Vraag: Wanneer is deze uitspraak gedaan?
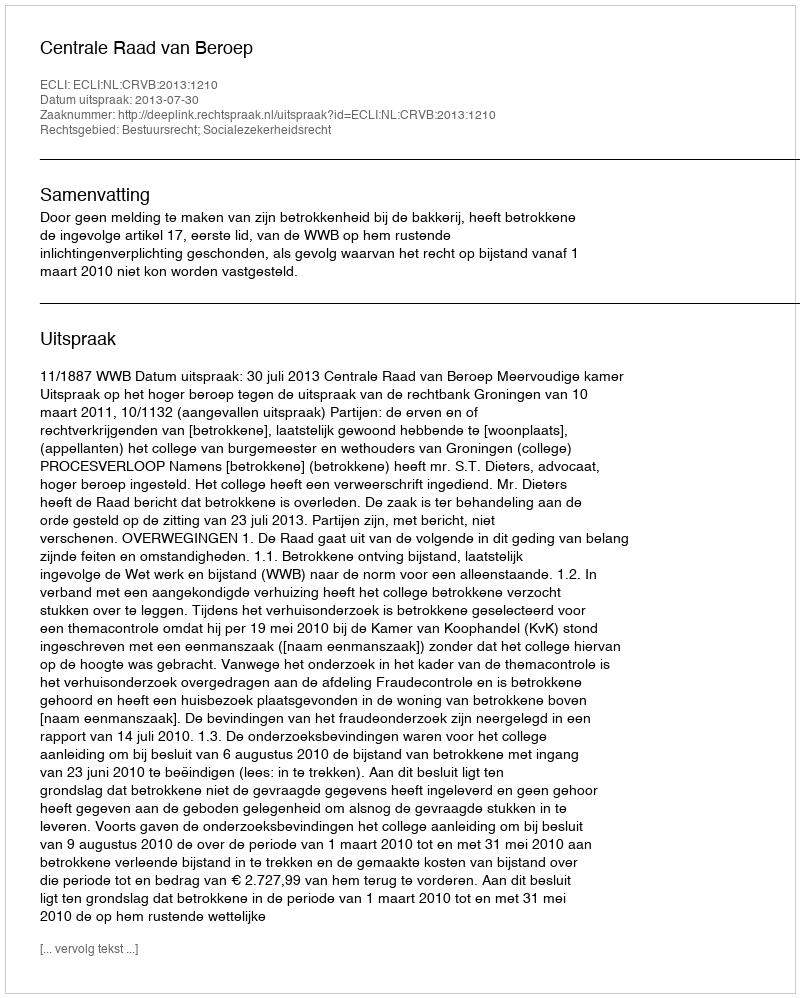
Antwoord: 2013-07-30